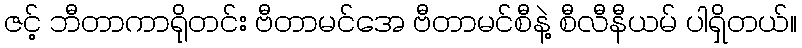
ဇင့် ဘီတာကာရိုတင်း ဗီတာမင်အေ ဗီတာမင်စီနဲ့ စီလီနီယမ် ပါရှိတယ်။